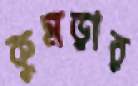
কুমড়ার